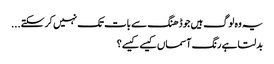
یہ وہ لوگ ہیں جو ڈھنگ سے بات تک نہیں کر سکتے...
بدلتا ہے رنگ آسماں کیسے کیسے؟